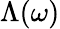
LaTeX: \Lambda(\omega)